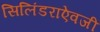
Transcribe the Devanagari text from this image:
सिलिंडराऐवजी